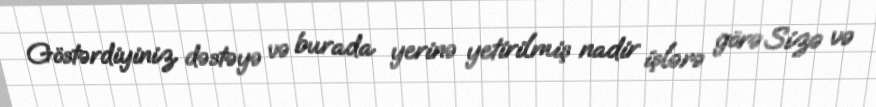
Göstərdiyiniz dəstəyə və burada yerinə yetirilmiş nadir işlərə görə Sizə və